Insane asylums in Bengal annual reports 1876-1887 - 1876-1887
Year: 1876
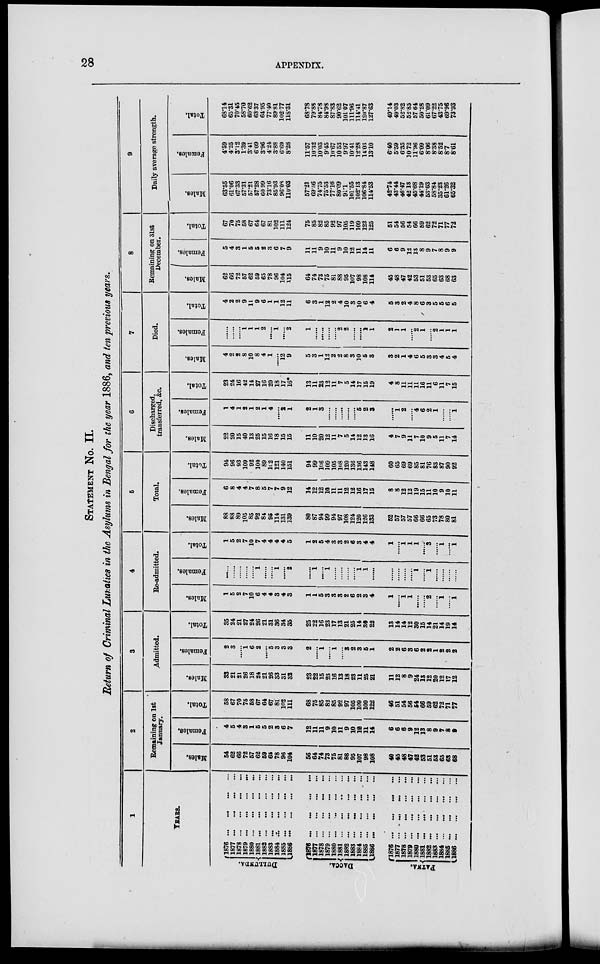
28
APPENDIX.
STATEMENT No. II.
Return of Criminal Lunatics in the Asylums in Bengal for the year 1886, and ten previous years.
1
YEARS.
DULLUNDA.
DACCA.
PATNA.
1876
...
...
...
...
1877
...
...
...
...
1878
...
...
...
...
1879
...
...
...
...
1880
...
...
...
...
1881
...
...
...
...
1882
...
...
...
...
1883
...
...
...
...
1884
...
...
...
...
1885
...
...
...
...
1886
...
...
...
...
1876 ... ... ... ...
1877
...
...
...
...
1878 ... ... ... ...
1879
...
...
...
...
1880
...
...
...
...
1881
...
...
...
...
1882
...
...
...
...
1885
...
...
...
...
1884
...
...
...
...
1886
...
...
...
...
1886
...
...
...
...
1876 ... ... ... ...
1877 ... ... ... ...
1878
...
...
...
...
1879
...
...
...
...
1880
...
...
...
...
1881
...
...
...
...
1882
...
...
...
...
1888
...
...
...
...
1884
...
...
...
...
1885
...
...
...
...
1886
...
...
...
...
2
Remaining on 1st
January.
Males.
54
62
66
72
57
62
59
65
78
96
104
56
64
74
73
76
81
88
95
107
98
108
40
45
48
47
42
53
51
53
65
63
68
Females.
4
5
4
3
1
5
5
2
3
6
7
12
11
11
9
10
11
9
10
12
11
14
6
6
6
9
12
13
8
9
7
8
9
Total.
58
67
70
75
58
67
64
67
81
102
111
68
75
85
82
85
92
97
105
109
109
122
46
51
54
56
54
66
59
62
72
71
77
3
Admitted.
Males.
33
21
21
26
18
24
21
26
33
31
32
23
22
15
23
16
13
18
23
11
25
21
11
12
8
9
24
13
12
20
12
17
12
Females.
2
3
......
1
6
2
......
5
3
3
3
2
......
1
......
1
......
3
2
3
5
1
2
2
6
3
6
2
2
1
2
2
3
Total.
36
24
21
27
24
26
21
31
36
34
35
25
22
16
23
17
13
21
25
14
39
22
13
14
14
12
30
15
14
21
14
19
14
4
Re-admitted.
Males.
1
5
2
7
10
6
4
4
3
4
3
1
1
5
3
3
3
2
6
2
3
4
1
......
1
1
......
......
2
......
1
......
1
Females.
......
......
......
......
......
1
......
......
1
......
2
......
1
......
1
......
......
......
1
1
......
......
......
......
......
1
......
1
......
......
......
......
Total.
1
5
2
7
10
7
4
4
4
4
5
1
2
5
4
3
3
2
6
3
4
4
1
......
1
1
1
......
3
......
1
......
1
5
Total.
Males.
88
88
89
105
85
92
84
95
114
131
139
80
87
94
99
94
97
108
124
120
126
133
52
57
57
57
66
66
65
73
78
80
81
Females,
6
8
4
4
7
8
5
7
7
9
12
14
12
12
10
11
11
12
12
16
17
15
8
8
12
12
19
15
11
10
9
10
11
Total.
94
96
93
109
92
100
89
102
121
140
151
94
99
106
109
105
108
120
136
136
143
148
60
65
69
69
85
81
76
83
87
90
92
6
Discharged,
transferred, &c.
Males.
22
20
15
40
13
25
15
16
18
15
15
11
10
20
12
11
7
5
14
12
13
16
4
7
9
11
7
10
9
5
11
7
14
Females.
1
4
1
2
1
2
1
4
......
2
1
2
1
3
......
......
......
......
......
5
2
3
......
1
2
......
4
6
2
1
......
......
1
Total.
23
24
16
42
14
27
16
20
18
17
16*
13
11
23
12
11
7
5
14
17
15
19
4
8
11
11
11
16
11
6
11
7
15
7
Died.
Males.
4
2
2
8
10
8
4
1
......
12
9
5
3
1
12
2
2
8
3
10
5
3
3
2
1
4
6
5
3
3
4
5
4
Females.
......
......
......
1
1
1
2
......
1
......
2
1
......
......
......
......
2
2
......
......
1
1
2
1
1
......
2
1
......
2
1
1
1
Total.
4
2
2
9
11
9
6
1
1
12
11
6
3
1
12
2
4
10
3
10
6
4
5
3
2
4
8
6
3
5
5
6
5
8
Remaining on 31st
December.
Males.
62
66
72
57
62
59
65
78
96
104
115
64
74
73
75
81
88
95
107
98
108
114
45
48
47
42
53
51
53
65
63
68
63
Females.
5
4
3
1
5
5
2
8
6
7
9
11
11
9
10
11
9
10
12
11
14
11
6
6
9
12
13
8
9
7
8
9
9
Total.
67
70
75
58
67
64
67
81
102
111
124
75
85
82
85
92
97
105
119
109
122
125
51
54
56
54
66
59
62
72
71
77
72
9
Daily average strength.
Males.
63.55
61.06
67.33
57.31
57.21
57.28
60.99
73.16
85.93
96.08
110.03
57.21
69.56
74.75
75.53
77.16
80.09
91.1
101.55
102.13
106.84
114.53
42.74
43.44
46.47
42 13
45.68
44.19
53.03
58.84
35.23
61.26
65.32
Females.
4.59
4.35
3.12
1.39
3.41
6.09
3.96
4.24
3.88
6.69
8.28
11.57
10.32
10.03
9.45
10.67
10.53
9.97
10.41
12.28
14.03
13.10
6.40
5.59
6.35
10.72
11.96
6.09
8.06
8.38
8.52
8.7
8.61
Total.
68.14
65.31
70.45
58.70
60.62
63.37
64.95
77.40
89.81
102.77
118.31
68.78
79.88
84.78
84.98
87.83
90.62
101.07
111.96
114.41
120.87
127.63
49.14
49.03
52.82
52.85
57.64
50.28
61.09
67.22
43.75
69.96
73.93